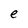
Character: e